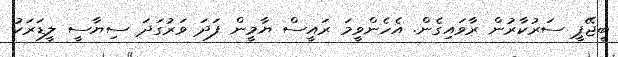
ބީޖޭޕީ ސަރުކާރުން ރާވައިގެން. އެހެންވީމަ ރައީސް ޔާމީން ފަދަ ވަރުގަދަ ސިޔާސީ ލީޑަރަކު